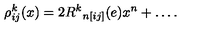
\rho _ { i j } ^ { k } ( x ) = 2 { R ^ { k } } _ { n [ i j ] } ( e ) x ^ { n } + \ldots .